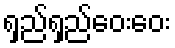
ရှည်ရှည်ဝေးဝေး